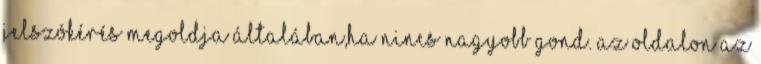
jelszókérés megoldja általában,ha nincs nagyobb gond. Az oldalon az